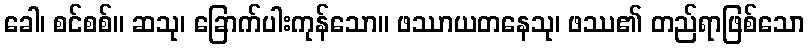
ခေါ၊ စင်စစ်။ ဆသု၊ ခြောက်ပါးကုန်သော။ ဖဿာယတနေသု၊ ဖဿ၏ တည်ရာဖြစ်သော